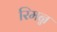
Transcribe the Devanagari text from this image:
रिमन्न